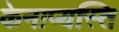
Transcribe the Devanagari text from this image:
केनाप्यस्ति